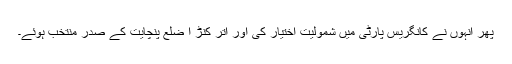
پھر انہوں نے کانگریس پارٹی میں شمولیت اختیار کی اور اتر کنڑ ا ضلع پنچایت کے صدر منتخب ہوئے۔